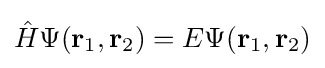
{\hat {H}}\Psi (\mathbf {r} _{1},\mathbf {r} _{2})=E\Psi (\mathbf {r} _{1},\mathbf {r} _{2})